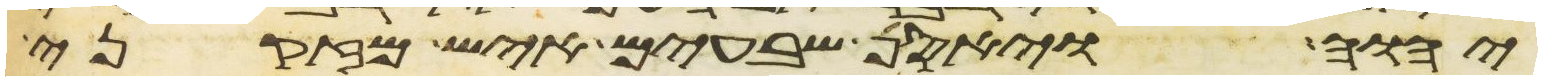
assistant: יהוה ויאסף שבעים איש מזקני